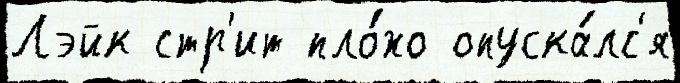
Лэйк стр'ит пло́хо опуска́лс'я